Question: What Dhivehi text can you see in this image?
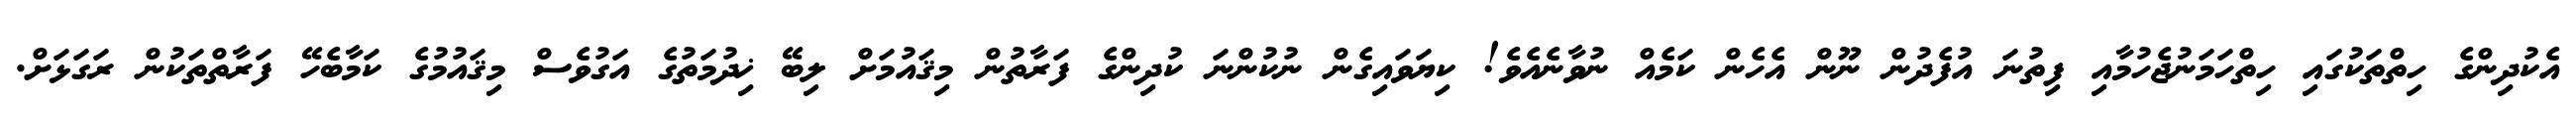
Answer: އެކުދިންގެ ހިތްތަކުގައި ހިތްހަމަނުޖެހުމާއި ފިތުނަ އުފެދުން ނޫން އެހެން ކަމެއް ނުވާނެއެވެ! ކިޔަވައިގެން ނުކުންނަ ކުދިންގެ ފަރާތުން މިޤައުމަށް ލިބޭ ޚިދުމަތުގެ އަގުވެސް މިޤައުމުގެ ކަމާބެހޭ ފަރާތްތަކުން ރަގަޅަށް.